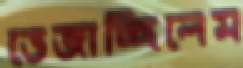
ভেজাচ্ছিলেম